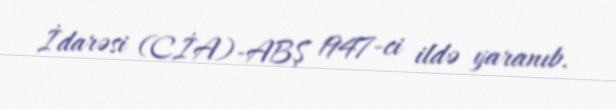
İdarəsi (CİA)-ABŞ 1947-ci ildə yaranıb.